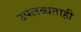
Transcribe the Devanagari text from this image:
उपलब्धताही